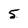
Character: 5